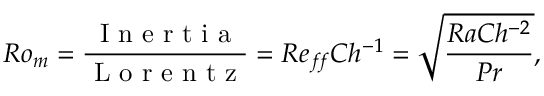
R o _ { m } = \frac { \mathrm { ~ I ~ n ~ e ~ r ~ t ~ i ~ a ~ } } { \mathrm { ~ L ~ o ~ r ~ e ~ n ~ t ~ z ~ } } = R e _ { f \! f } C h ^ { - 1 } = \sqrt { \frac { R a C h ^ { - 2 } } { P r } } ,